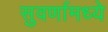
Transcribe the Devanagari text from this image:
सुवर्णामध्ये